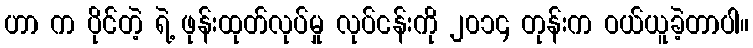
ဟာ က ပိုင်တဲ့ ရဲ့ ဖုန်းထုတ်လုပ်မှု လုပ်ငန်းကို ၂၀၁၄ တုန်းက ဝယ်ယူခဲ့တာပါ။